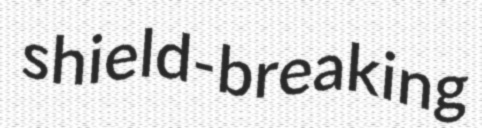
shield-breaking